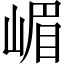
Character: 嵋